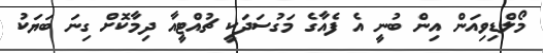
މޯލްޑިވިއަން އިން ބުނީ އެ ފެއާގެ މަގުސަދަކީ ޗުއްޓީއާ ދިމާކޮށް ގިނަ ބަޔަކު